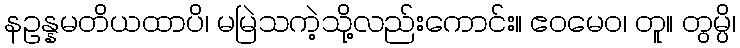
နဥန္နမတိယထာပိ၊ မမြဲသကဲ့သို့လည်းကောင်း။ ဧဝမေဝ၊ တူ။ တွမ္ပိ၊